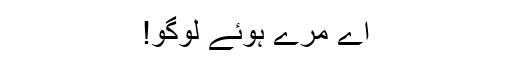
اے مرے ہوئے لوگو!